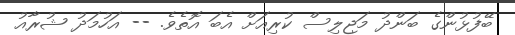
ބޭފުޅުންގެ ބަންދު މަޖިލިސް ކުރިއަށް އެބަ އޮތެވެ. -- އަހުމަދު ޝުރާއު